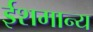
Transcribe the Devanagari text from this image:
ईशमान्य